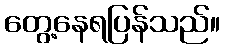
တွေ့နေရပြန်သည်။